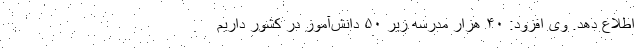
اطلاع دهد. وی افزود: ۴۰ هزار مدرسه زیر ۵۰ دانش‌آموز در کشور داریم